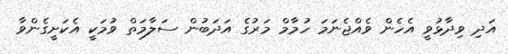
އަދި ވިދާޅުވީ އެހެން ވެއްޖެނަމަ ހުމާމް މަރުގެ އަދަބުން ސަލާމަތް ވުމަކީ އެކަށީގެންވާ